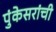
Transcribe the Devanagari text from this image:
पुंकेसरांची